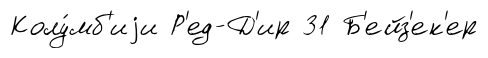
Колу́мб'иjи Р'ед-Д'ир 31 Б'ейз'ек'ер